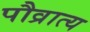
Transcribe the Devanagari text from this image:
पौव्रात्य